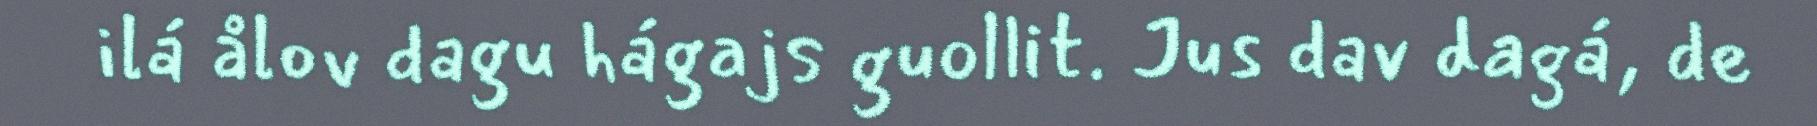
ilá ålov dagu hágajs guollit. Jus dav dagá, de